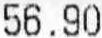
56.90